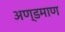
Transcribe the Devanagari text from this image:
अण्डमाण